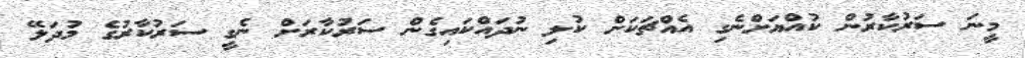
މީނަ ސަރުކާރުން ކުއްޔަށްނެގި އެއްޗަކަށް ކުލި ނުދައްކައިގެން ސަރުކާރަށް ނެގީ ސަރުކާރުގެ މުދަލޭ